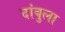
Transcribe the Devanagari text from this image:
दांबुला